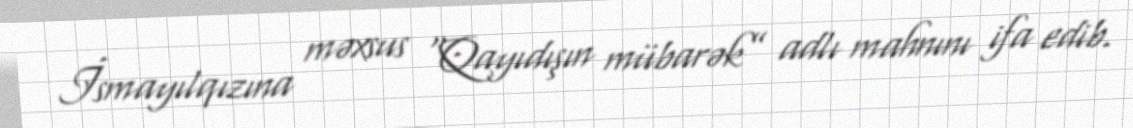
İsmayılqızına məxsus “Qayıdışın mübarək” adlı mahnını ifa edib.